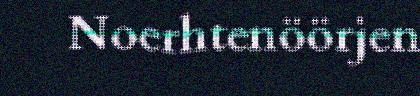
Noerhtenöörjen